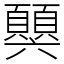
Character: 𩕧